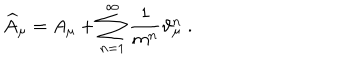
LaTeX: \widehat { A } _ { \mu } = A _ { \mu } + \sum _ { n = 1 } ^ { \infty } \frac 1 { m ^ { n } } \vartheta _ { \mu } ^ { n } \; .